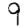
Digit: 9